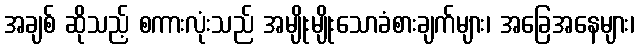
အချစ် ဆိုသည့် စကားလုံးသည် အမျိုးမျိုးသောခံစားချက်များ၊ အခြေအနေများ၊